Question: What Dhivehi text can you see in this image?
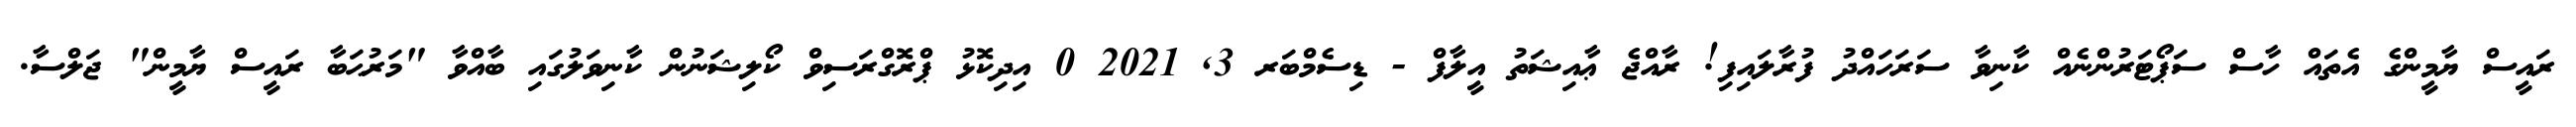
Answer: ރައީސް ޔާމީންގެ އެތައް ހާސް ސަޕޯޓަރުންނެއް ކާނިވާ ސަރަހައްދު ފުރާލައިފި! ރާއްޖެ ޢާއިޝަތު އީލާފް - ޑިސެމްބަރ 3, 2021 0 އިދިކޮޅު ޕްރޮގްރަސިވް ކޯލިޝަނުން ކާނިވަލުގައި ބާއްވާ "މަރުޙަބާ ރައީސް ޔާމީން" ޖަލްސާ.